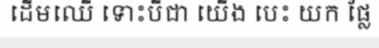
ដើមឈើ ទោះបីជា យើង បេះ យក ផ្លែ